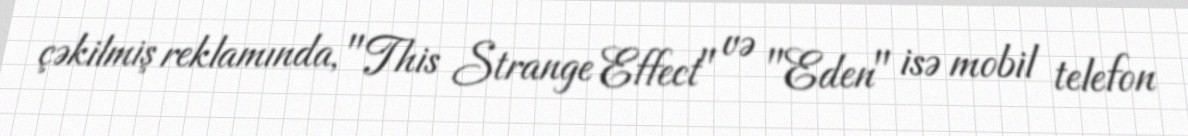
çəkilmiş reklamında, "This Strange Effect" və "Eden" isə mobil telefon